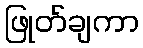
ဖြုတ်ချကာ